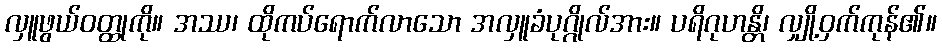
လှူဖွယ်ဝတ္ထုကို။ အဿ၊ ထိုကပ်ရောက်လာသော အလှူခံပုဂ္ဂိုလ်အား။ ပရိဂုဟန္တိ၊ လျှို့ဝှက်ကုန်၏။